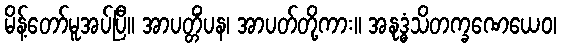
မိန့်တော်မူအပ်ပြီ။ အာပတ္တိံပန၊ အာပတ်တို့ကား။ အနုဒ္ဓံသိတက္ခဏေယေဝ၊